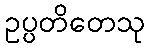
ဥပ္ပတိတေသု